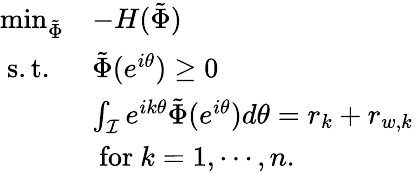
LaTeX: \begin{array}{ll}{\operatorname*{min}_{\tilde{\Phi}}}&{-H(\tilde{\Phi})}\\ {\mathrm{~s.t.~}}&{\tilde{\Phi}(e^{i\theta})\geq 0}\\ &{\int_{\mathcal{I}}e^{ik\theta}\tilde{\Phi}(e^{i\theta})d\theta=r_{k}+r_{w,k}}\\ &{\mathrm{~for~}k=1,\cdots,n.}\end{array}